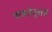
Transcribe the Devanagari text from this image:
पात्रतेनुसार